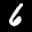
Label: 6